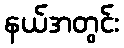
နယ်အတွင်း